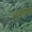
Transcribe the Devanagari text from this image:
अटकला